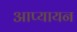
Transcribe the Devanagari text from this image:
आप्यायन